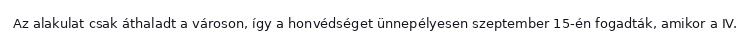
Az alakulat csak áthaladt a városon, így a honvédséget ünnepélyesen szeptember 15-én fogadták, amikor a IV.